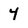
Character: 4